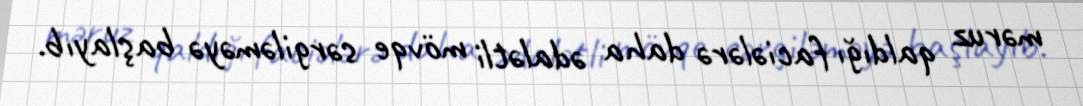
məruz qaldığı faciələrə daha ədalətli mövqe sərgiləməyə başlayıb.